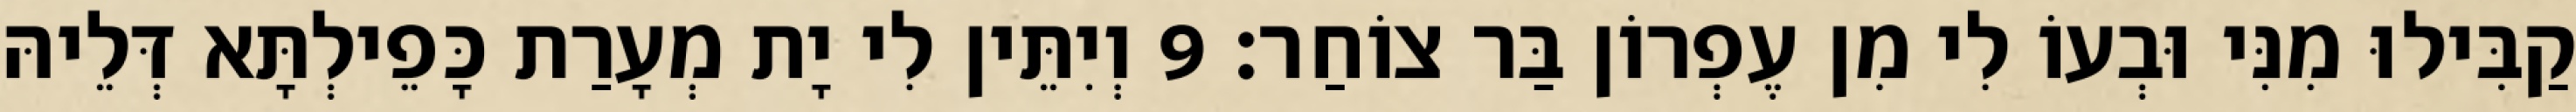
קַבִּילוּ מִנִּי וּבְעוֹ לִי מִן עֶפְרוֹן בַּר צוֹחַר׃ 9 וְיִתֵּין לִי יָת מְעָרַת כָּפֵילְתָּא דְּלֵיהּ